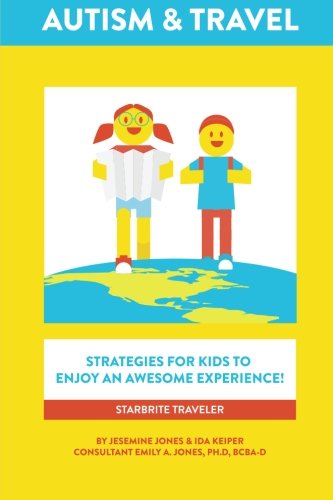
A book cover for Autism & Travel: STRATEGIES FOR KIDS TO ENJOY AN AWESOME EXPERIENCE!; jesemine jones; Travel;